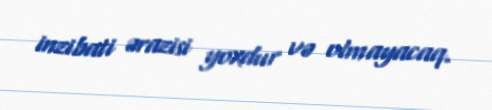
inzibati ərazisi yoxdur və olmayacaq.